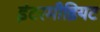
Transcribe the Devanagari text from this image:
इंटरमीडियट